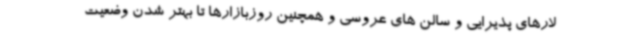
لارهای پذیرایی و سالن های عروسی و همچنین روزبازارها تا بهتر شدن وضعیت